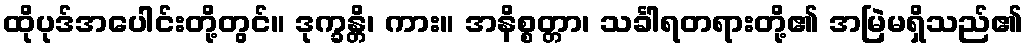
ထိုပုဒ်အပေါင်းတို့တွင်။ ဒုက္ခန္တိ၊ ကား။ အနိစ္စတ္တာ၊ သင်္ခါရတရားတို့၏ အမြဲမရှိသည်၏